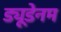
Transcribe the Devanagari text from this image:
ड्यूडेनम